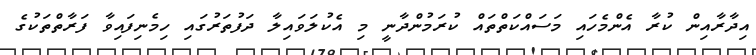
އިދާރާއިން ކުރާ އެންމެހައި މަސައްކަތްތައް ކުރަމުންދާނީ މި އެކުލަވައިލާ ދަފުތަރުގައި ހިމެނިފައިވާ ފަރާތްތަކުގެ